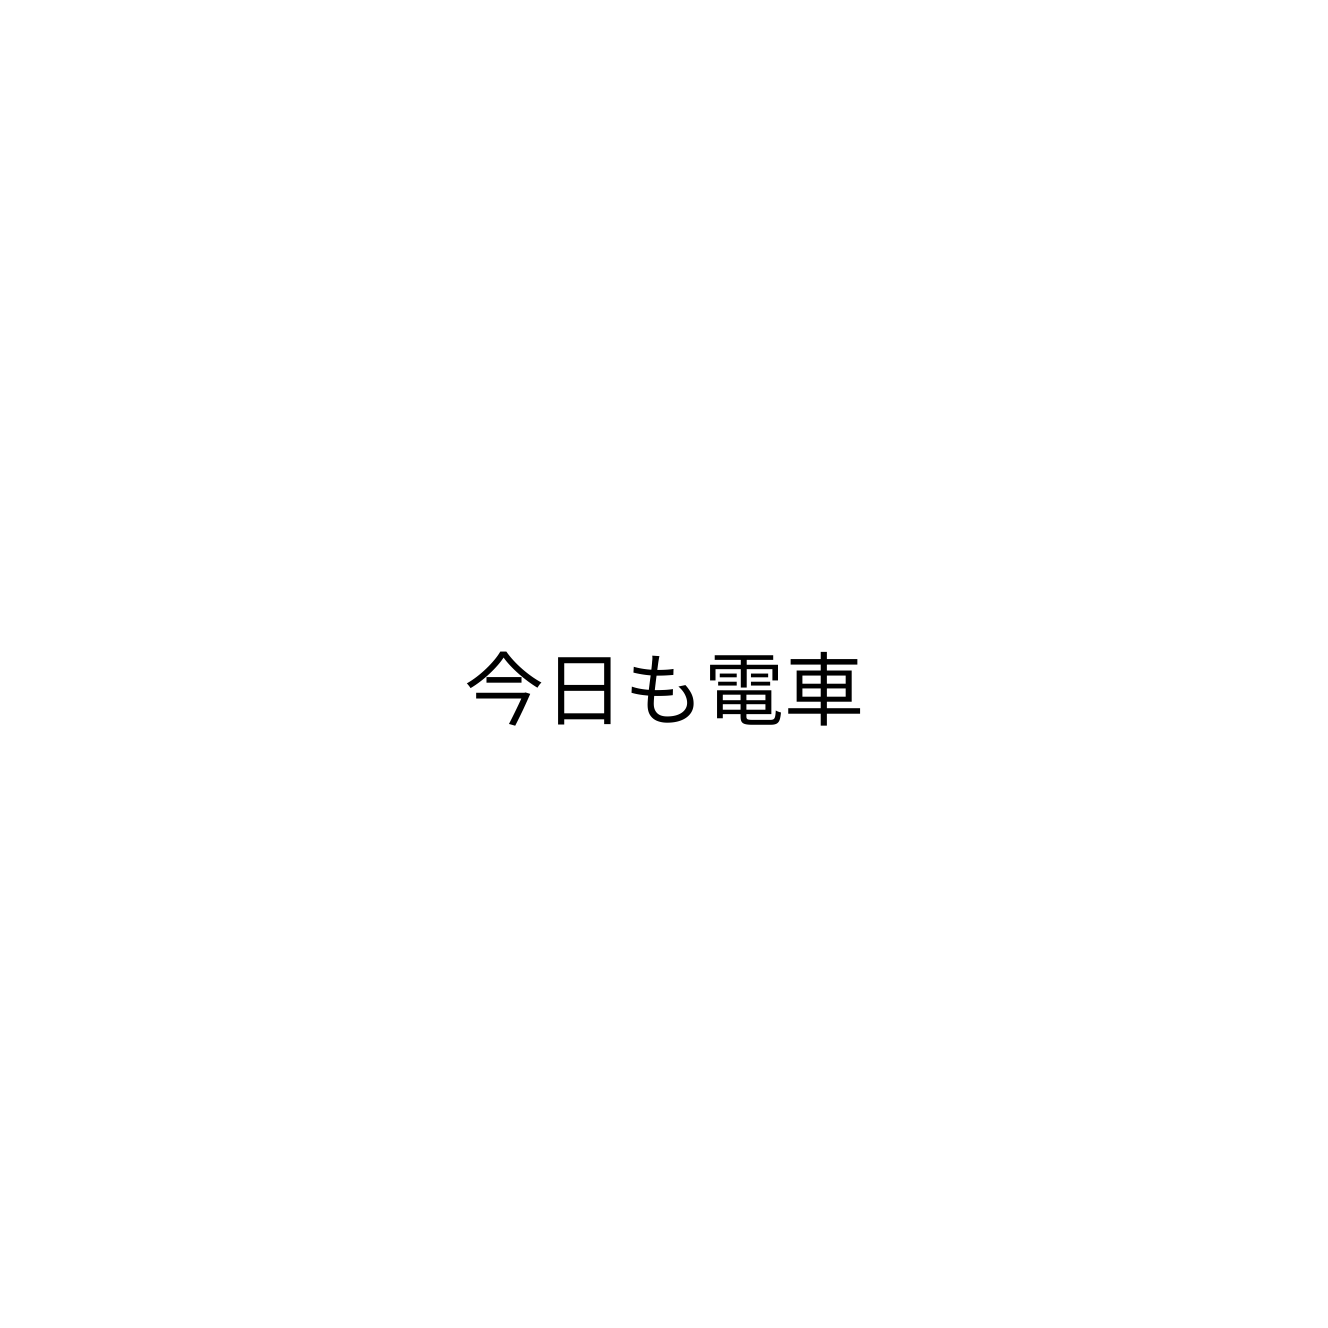
今日も電車